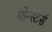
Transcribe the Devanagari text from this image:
मोन्स्टर्स